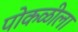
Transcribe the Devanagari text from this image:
पोकळीला